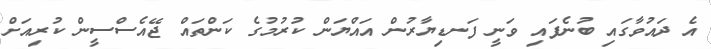
އެ ދައުވާގައި ބުނެފައި ވަނީ ފަނޑިޔާރުން އައްޔަން ކުރުމުގެ ކަންތައް ޖޭއެސްސީން ކުރިއަށް